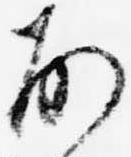
故